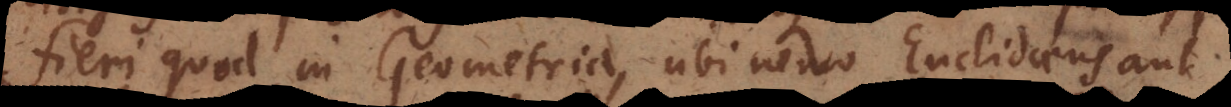
fieri quod in Geometria, ubi nemo Euclidaeus aut